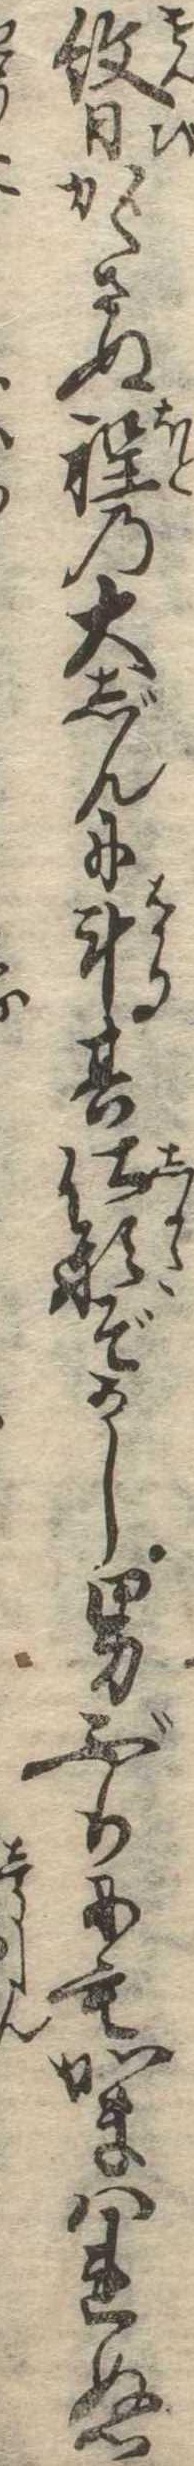
紋日かゝさぬ程の大じんに斗其仕形ぞかし男ぶりにもかまはれぬ